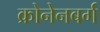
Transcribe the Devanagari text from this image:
क्रोनेनबर्ग